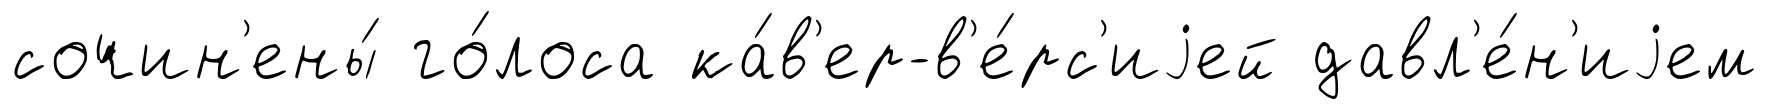
сочин'ены́ го́лоса ка́в'ер-в'е́рс'иjей давл'е́н'иjем